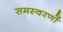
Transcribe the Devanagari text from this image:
समस्वरणों